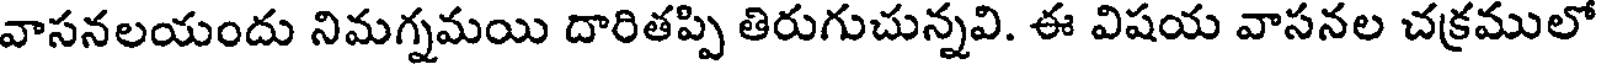
వాసనలయందు నిమగ్నమయి దారితప్పి తిరుగుచున్నవి. ఈ విషయ వాసనల చక్రములో